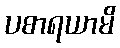
ပစာရယာမိ